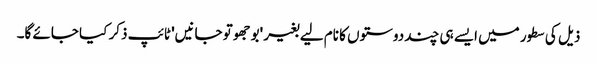
ذیل کی سطور میں ایسے ہی چند دوستوں کا نام لیے بغیر 'بوجھو تو جانیں' ٹائپ ذکر کیا جائے گا۔